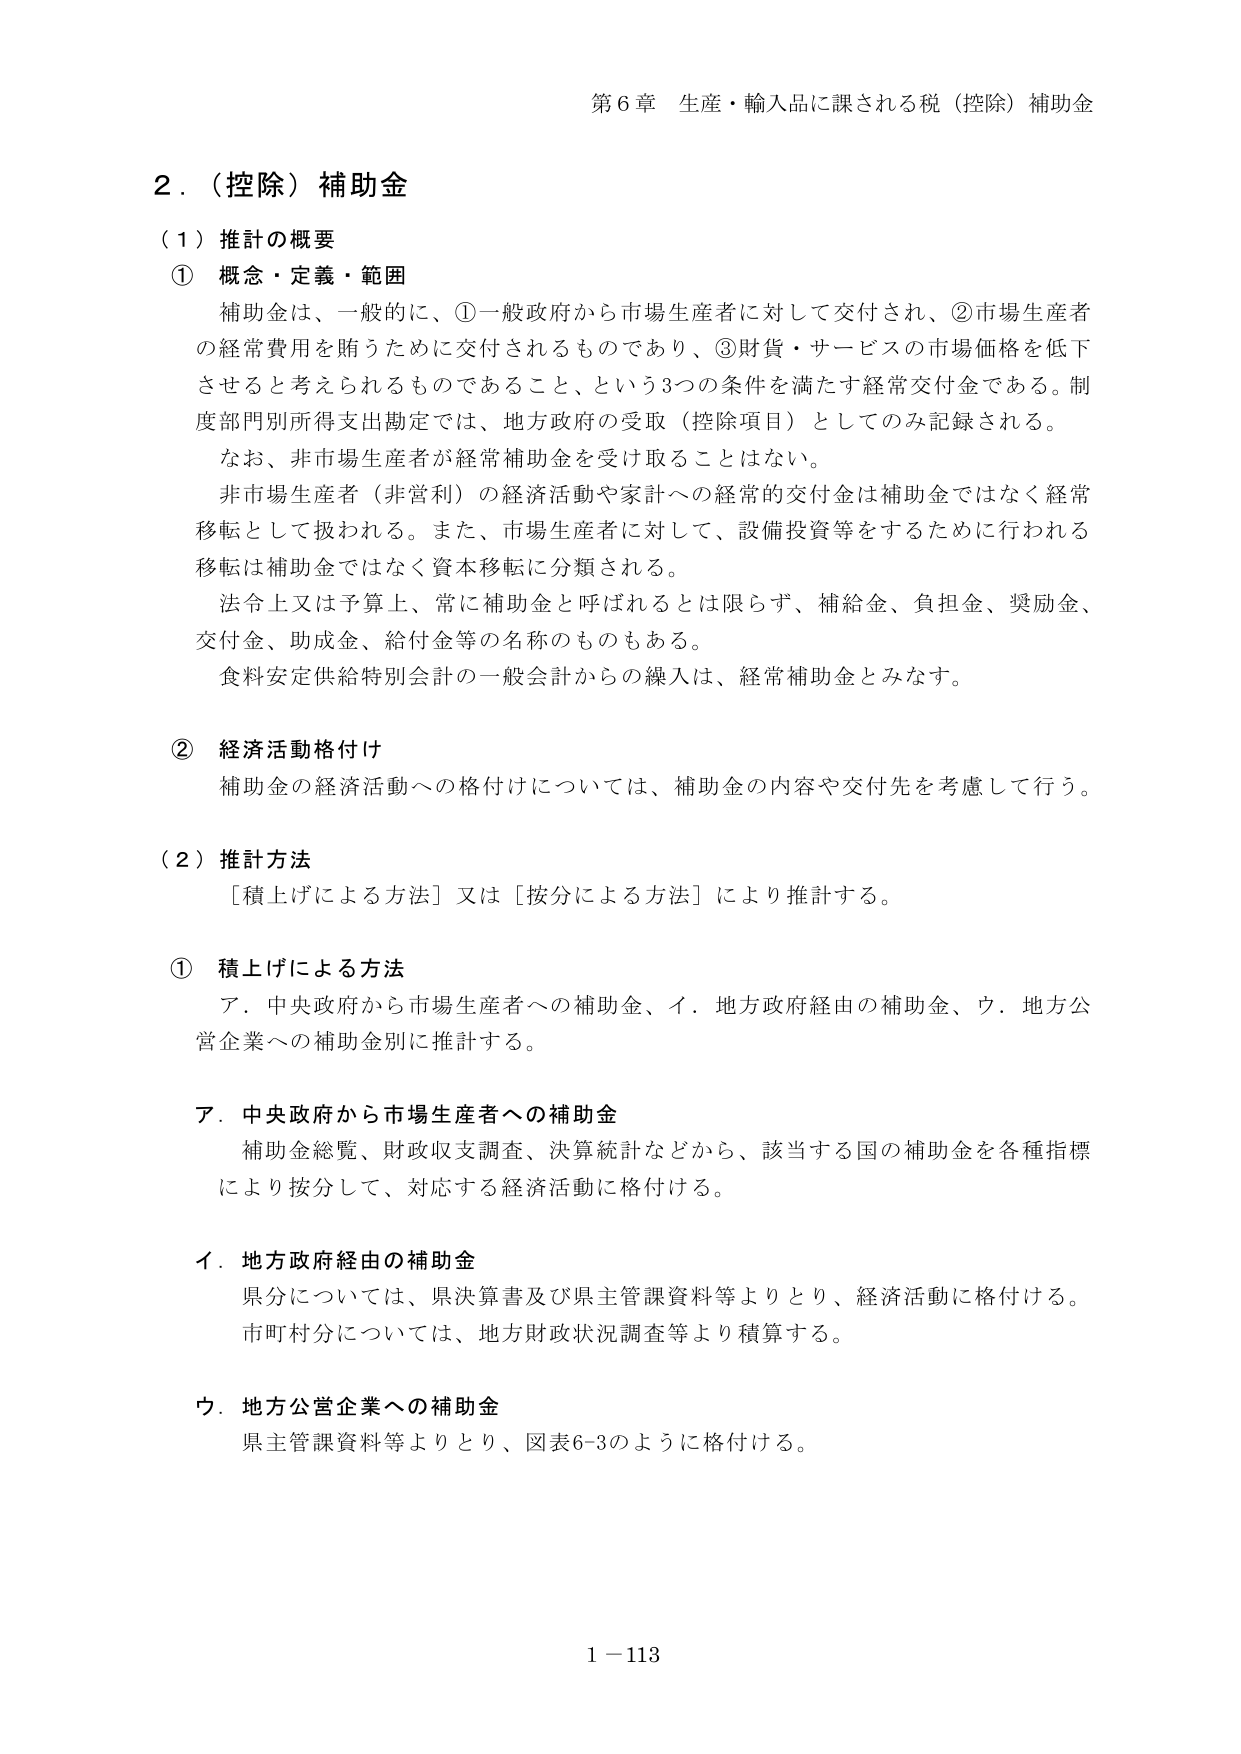
第６章 生産・輸入品に課される税（控除）補助金

２．（控除）補助金

（１）推計の概要

① 概念・定義・範囲

補助金は、一般的に、①一般政府から市場生産者に対して交付され、②市場生産者の経常費用を賄うために交付されるものであり、③財貨・サービスの市場価格を低下させると考えられるものであること、という3つの条件を満たす経常交付金である。制度部門別所得支出勘定では、地方政府の受取（控除項目）としてのみ記録される。

なお、非市場生産者が経常補助金を受け取ることはない。

非市場生産者（非営利）の経済活動や家計への経常的交付金は補助金ではなく経常移転として扱われる。また、市場生産者に対して、設備投資等をするために行われる移転は補助金ではなく資本移転に分類される。

法令上又は予算上、常に補助金と呼ばれるとは限らず、補給金、負担金、奨励金、交付金、助成金、給付金等の名称のものもある。

食料安定供給特別会計の一般会計からの繰入は、経常補助金とみなす。

② 経済活動格付け

補助金の経済活動への格付けについては、補助金の内容や交付先を考慮して行う。

（２）推計方法

［積上げによる方法］又は［按分による方法］により推計する。

① 積上げによる方法

ア．中央政府から市場生産者への補助金、イ．地方政府経由の補助金、ウ．地方公営企業への補助金別に推計する。

ア．中央政府から市場生産者への補助金

補助金総覧、財政収支調査、決算統計などから、該当する国の補助金を各種指標により按分して、対応する経済活動に格付ける。

イ．地方政府経由の補助金

県分については、県決算書及び県主管課資料等よりとり、経済活動に格付ける。

市町村分については、地方財政状況調査等より積算する。

ウ．地方公営企業への補助金

県主管課資料等よりとり、図表6-3のように格付ける。

1－113